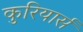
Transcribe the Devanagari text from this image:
कुरियार्स